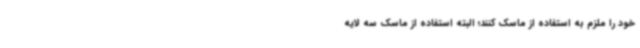
خود را ملزم به استفاده از ماسک کنند؛ البته استفاده از ماسک سه لایه